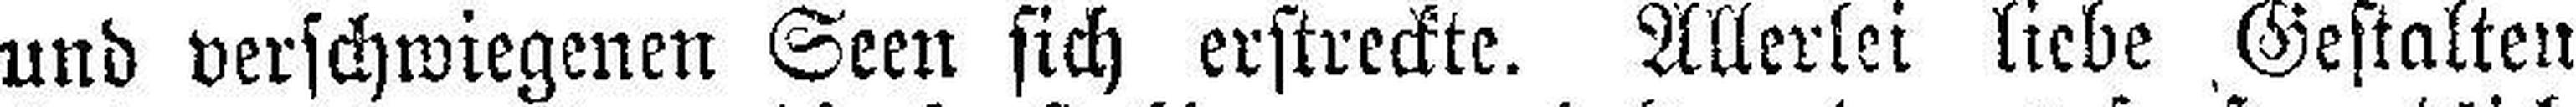
und verschwiegenen Seen sich erstreckte. Allerlei liebe Gestalten